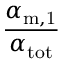
\frac { \alpha _ { \mathrm { m , 1 } } } { \alpha _ { \mathrm { t o t } } }